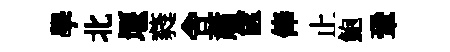
學北堰蕤舎蕭篋俸止鮑鞏